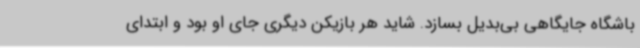
باشگاه جایگاهی بی‌بدیل بسازد. شاید هر بازیکن دیگری جای او بود و ابتدای